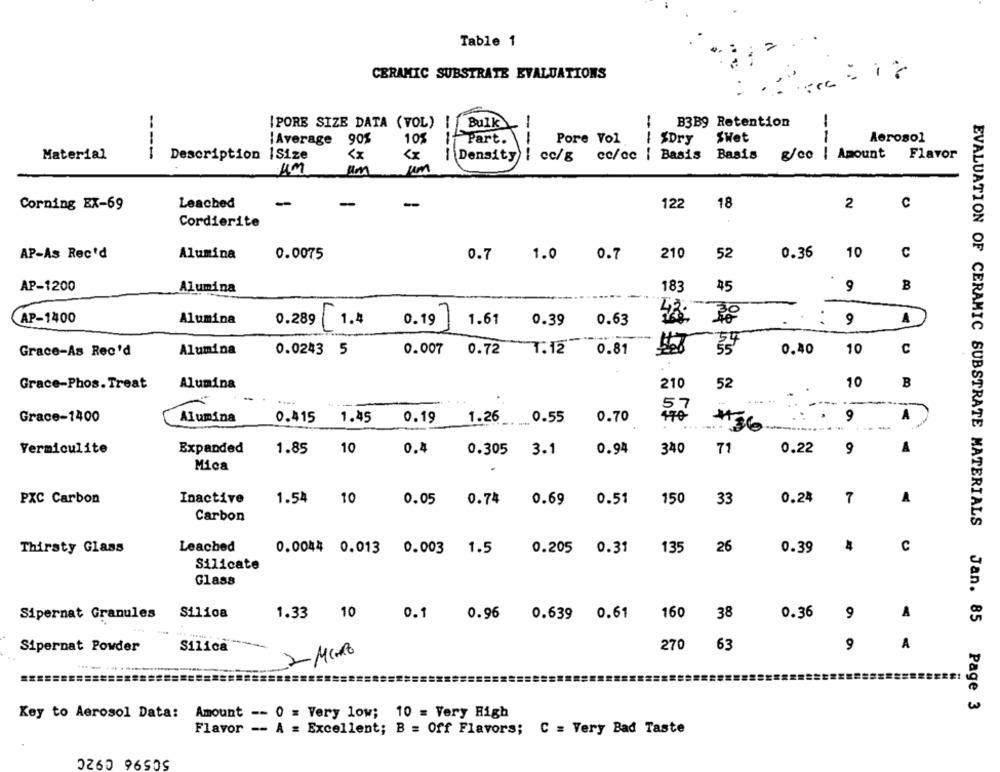
Table 1
CERAMIC SUBSTRATE EVALUATIONS
B3B9 Retention
IPORE SIZE DATA (VOL) | Bulk
90%
105
Part.
Pore Vol
ISDry
-
SWet
Aerosol
¡Average
---
«
I Amount
Flavor
Material
Description 1Size
| Density | cc/g cc/cc | Basis Basis
{ Density | cc/g
g/co
um
UM
um
Corning EX-69
Leached
-
122
18
2
C
Cordierite
AP-As Rec'd
Alumina
0.7
210
52
0.36
10
C
0.0075
0.7 1.0
AP-1200
Alumina
183
45
9
B
CAP-1400
Alumina
0.289 1.4
0.197
1.61
0.39
0.63
9
A
Grace-As Rec'd
Alumina
0.0243 5
0.007 0.72 1.12 0.81
0.40
10
C
Grace-Phos. Treat
Alumina
210
52
10
B
----
.- ----
Grace-1400
Alumina
1.45
0.70
9
A
0.415
0.19 1.26 0.55
10
0.22
A
Vermiculite
Expanded
1.85
0.4
0.305 3.1
0.94
340
71
Mica
PXC Carbon
Inactive
1.54
10
0.05
0.74
0.69
0.51
150
33
0.24
7
A
Carbon
Leached
135
26
0.39
C
Thirsty Glass
0.0044 0.013 0.003 1.5
0.205 0.31
Silicate
Glass
Sipernat Granules
Silioa
1.33 10
0.1
0.96
0.639 0.61
160
38
0.36
9
A
Sipernat Powder
Silica
270
63
9
A
2 MIO
EVALUATION OF CERAMIC SUBSTRATE MATERIALS Jan. 85 Page 3
Key to Aerosol Data: Amount -- 0 = Very low; 10 = Very High
Flavor -- A = Excellent; B = Off Flavors; C = Very Bad Taste
50596 092C